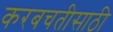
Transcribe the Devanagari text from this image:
करबचतीसाठी